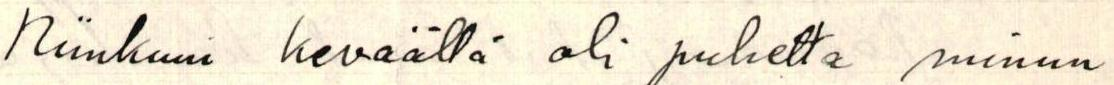
Niinkuin keväällä oli puhetta minun